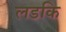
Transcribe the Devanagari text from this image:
लडकि